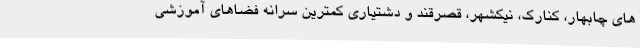
های چابهار، کنارک، نیکشهر، قصرقند و دشتیاری کمترین سرانه فضاهای آموزشی